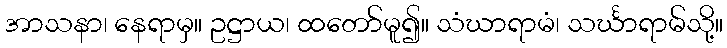
အာသနာ၊ နေရာမှ။ ဥဋ္ဌာယ၊ ထတော်မူ၍။ သံဃာရာမံ၊ သင်္ဃာရာမ်သို့။